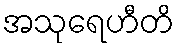
အသုရေဟီတိ